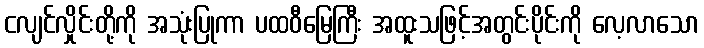
ငလျင်လှိုင်းတို့ကို အသုံးပြုကာ ပထဝီမြေကြီး အထူးသဖြင့်အတွင်းပိုင်းကို လေ့လာသော